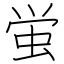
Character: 蛍